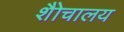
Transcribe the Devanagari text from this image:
शैोचालय